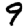
Digit: 9